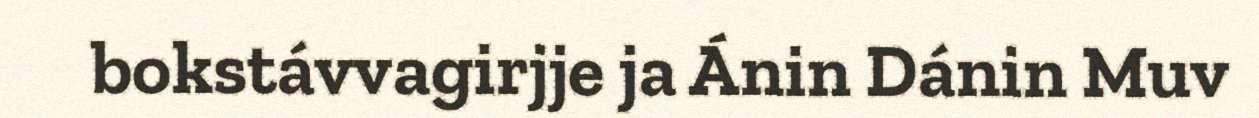
bokstávvagirjje ja Ánin Dánin Muv